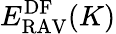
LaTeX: E_{\mathrm{RAV}}^{\mathrm{DF}}(K)